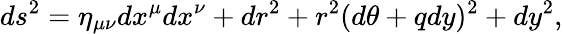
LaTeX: ds^{2}=\eta_{\mu\nu}dx^{\mu}dx^{\nu}+dr^{2}+r^{2}(d\theta+qdy)^{2}+dy^{2},